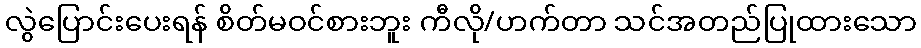
လွဲပြောင်းပေးရန် စိတ်မဝင်စားဘူး ကီလို/ဟက်တာ သင်အတည်ပြုထားသော